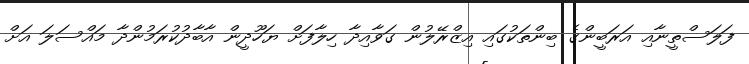
ފަލަސްތީނާއި އަރަބީންގެ ބިންތަކުގައި އިޒްރޭލުން ގަވާއިދާ ހިލާފަށް ޔަހޫދީން އާބާދުކުރަމުންދާ މައްސަލަ އަށް